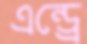
এন্ড্রে